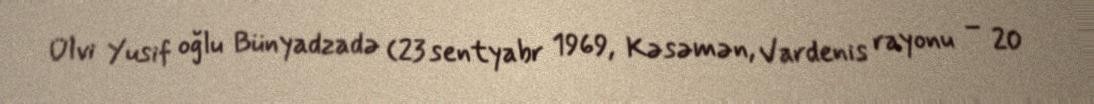
Ülvi Yusif oğlu Bünyadzadə (23 sentyabr 1969, Kəsəmən, Vardenis rayonu – 20